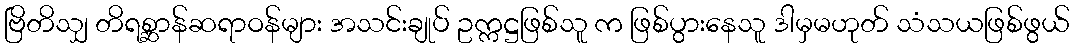
ဗြိတိသျှ တိရစ္ဆာန်ဆရာဝန်များ အသင်းချုပ် ဥက္ကဋ္ဌဖြစ်သူ က ဖြစ်ပွားနေသူ ဒါမှမဟုတ် သံသယဖြစ်ဖွယ်